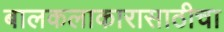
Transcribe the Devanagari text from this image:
बालकलाकारासाठीचा